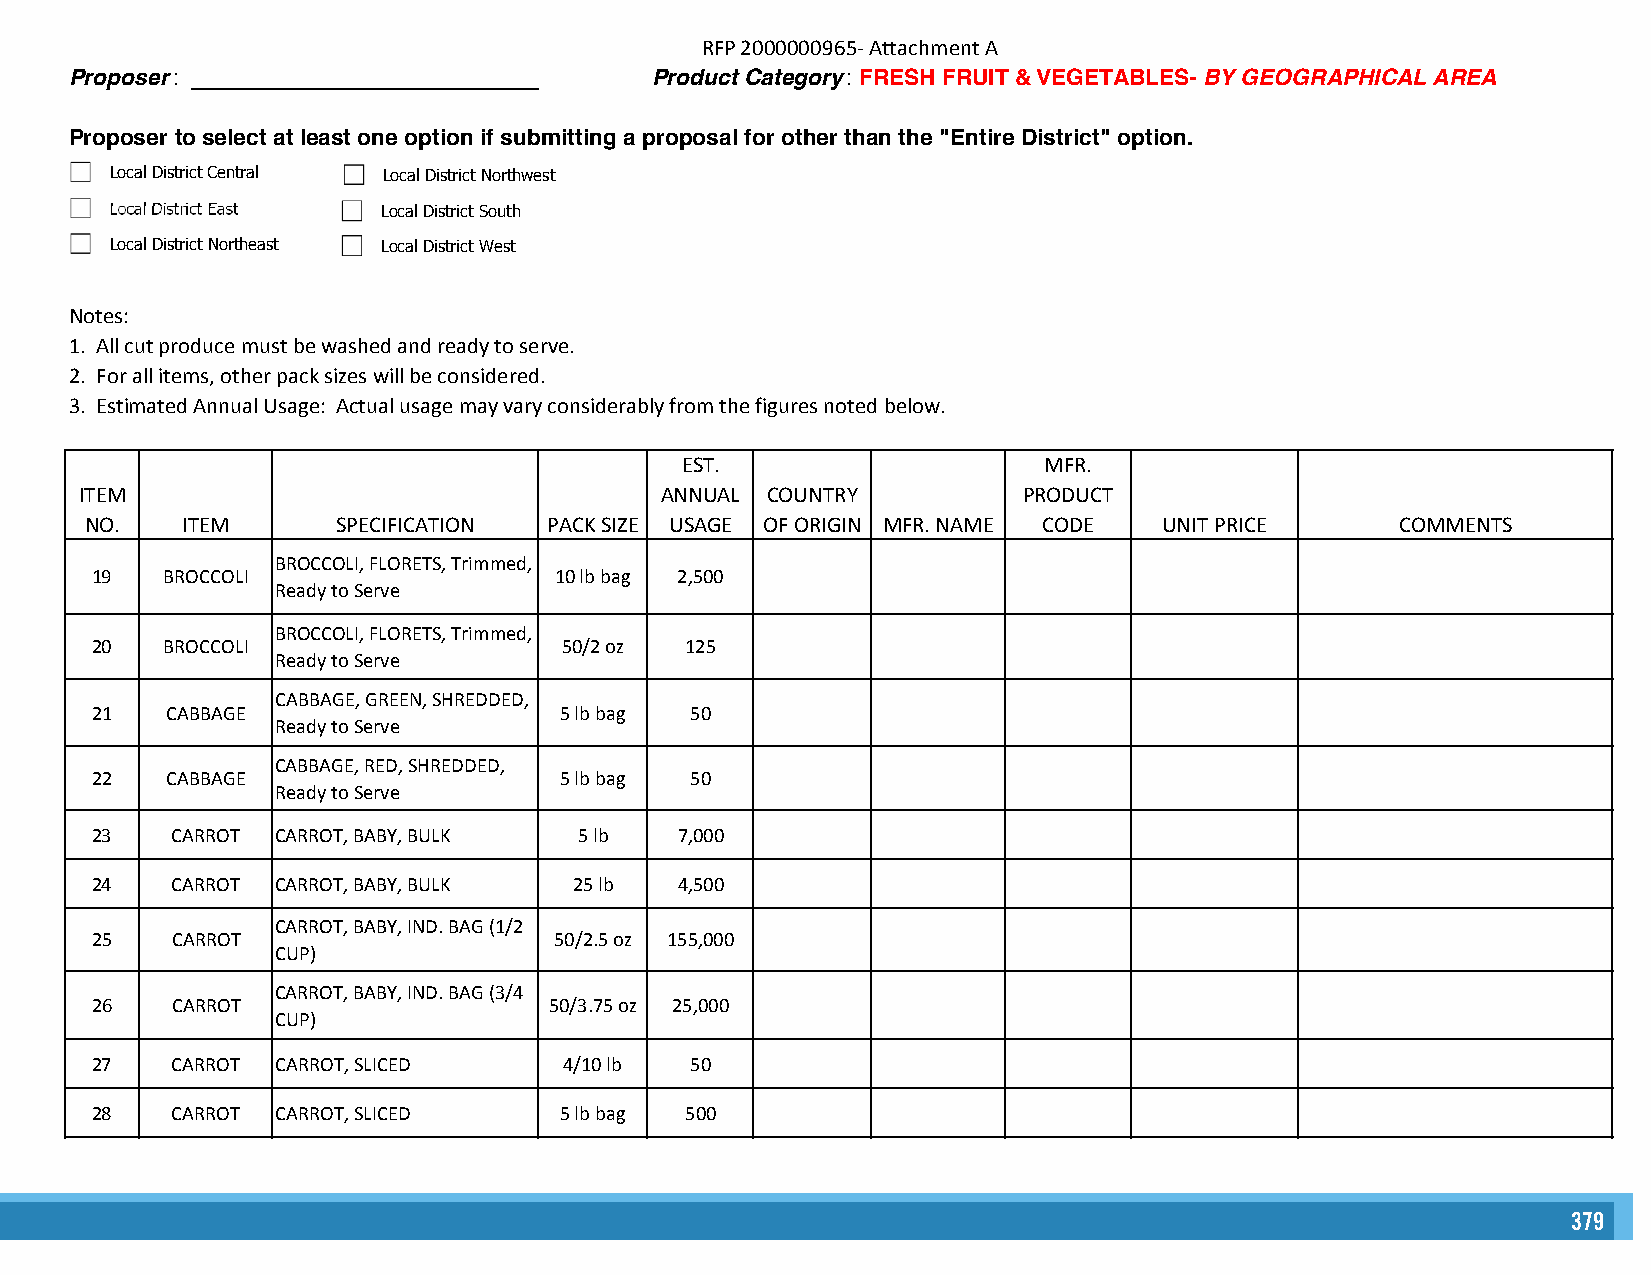
RFP 2000000965- Attachment A
 Proposer: ____________________________ Product Category : FRESH FRUIT & VEGETABLES- BY GEOGRAPHICAL AREA
 Proposer to select at least one option if submitting a proposal for other than the "Entire District" option.
 Local District Central Local District Northwest
 Local District East Local District South
 Local District Northeast Local District West
 Notes:
 1. All cut produce must be washed and ready to serve.
 2. For all items, other pack sizes will be considered.
 3. Estimated Annual Usage: Actual usage may vary considerably from the figures noted below.
 EST.                    MFR.
 ITEM                                   ANNUAL COUNTRY          PRODUCT
 NO.   ITEM      SPECIFICATION PACK SIZE USAGE OF ORIGIN MFR. NAME CODE UNIT PRICE      COMMENTS
 BROCCOLI, FLORETS, Trimmed,
 19   BROCCOLI                  10 lb bag 2,500
 Ready to Serve
 BROCCOLI, FLORETS, Trimmed,
 20   BROCCOLI                  50/2 oz 125
 Ready to Serve
 CABBAGE, GREEN, SHREDDED,
 21   CABBAGE                   5 lb bag 50
 Ready to Serve
 CABBAGE, RED, SHREDDED,
 22   CABBAGE                   5 lb bag 50
 Ready to Serve
 23   CARROT CARROT, BABY, BULK  5 lb   7,000
 24   CARROT CARROT, BABY, BULK  25 lb  4,500
 CARROT, BABY, IND. BAG (1/2
 25   CARROT                    50/2.5 oz 155,000
 CUP)
 CARROT, BABY, IND. BAG (3/4
 26   CARROT                   50/3.75 oz 25,000
 CUP)
 27   CARROT CARROT, SLICED     4/10 lb  50
 28   CARROT CARROT, SLICED     5 lb bag 500
 379